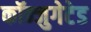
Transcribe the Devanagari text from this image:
कॉन्जुगेटेड